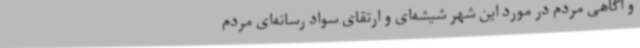
و آگاهی مردم در مورد این شهر شیشه‌ای و ارتقای سواد رسانه‌ای مردم